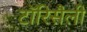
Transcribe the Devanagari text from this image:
टॉरिसैली